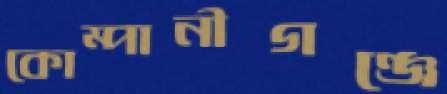
কোম্পানীগঞ্জে